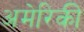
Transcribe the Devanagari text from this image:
अमेरिकी